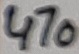
Text: 470